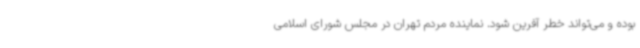
بوده و می‌تواند خطر آفرین شود. نماینده مردم تهران در مجلس شورای اسلامی